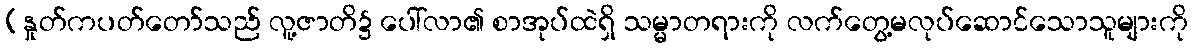
(နှုတ်ကပတ်တော်သည် လူ့ဇာတိ၌ ပေါ်လာ၏ စာအုပ်ထဲရှိ သမ္မာတရားကို လက်တွေ့မလုပ်ဆောင်သောသူများကို